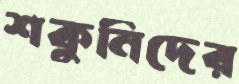
শকুনিদের